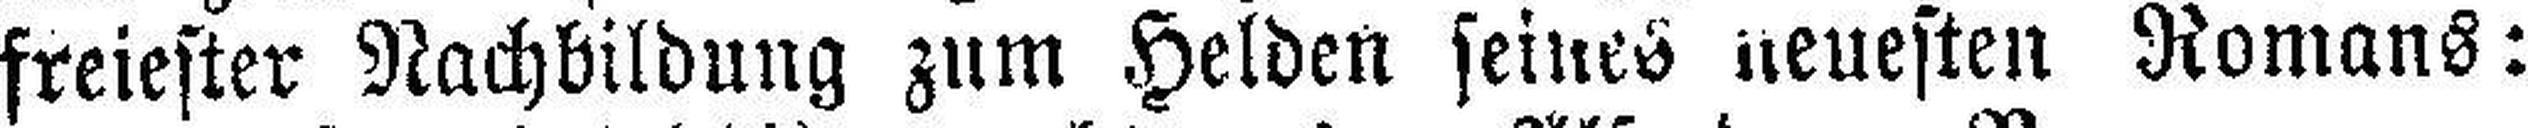
freiester Nachbildung zum Helden seines neuesten Romans: